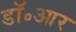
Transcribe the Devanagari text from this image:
डॉ॰आर